Madras plague regulations in force outside the Presidency town - Volume 2
Disease focus: Plague
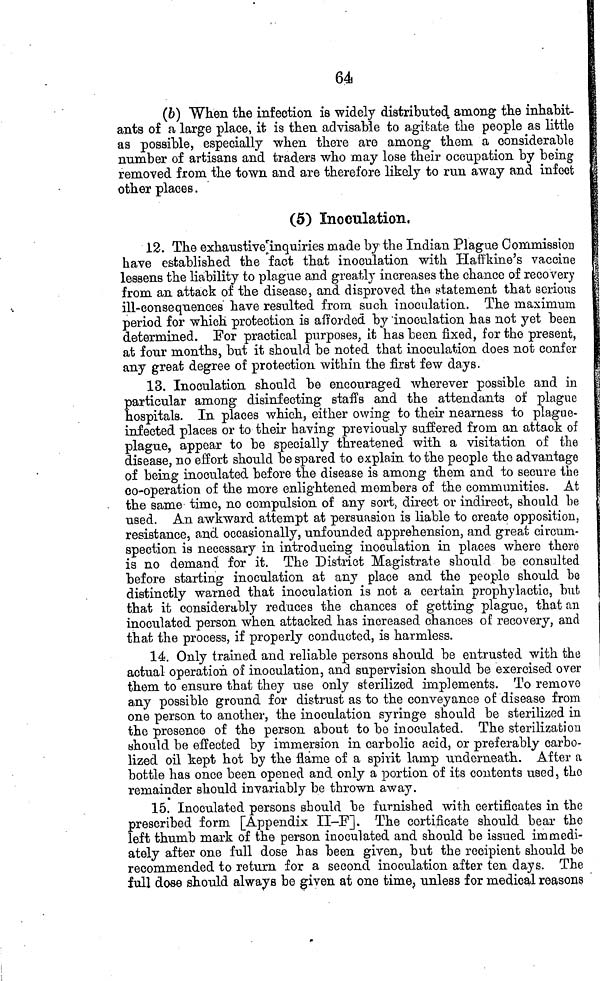
64
(6) When the infection is widely distributed among the inhabit-
ants of a large place, it is then advisable to agitate the people as little
as possible, especially when there are among them a considerable
number of artisans and traders who may lose their occupation by being
removed from the town and are therefore likely to run away and infect
other places.
(5) Inoculation.
12. The exhaustive inquiries made by the Indian Plague Commission
have established the fact that inoculation with Haffkine's vaccine
lessens the liability to plague and greatly increases the chance of recovery
from an attack of the disease, and disproved the statement that serions
ill-consequences have resulted from such inoculation. The maximum
period for which protection is afforded by inoculation has not yet been
determined. For practical purposes, it has been fixed, for the present,
at four months, but it should be noted that inoculation does not confer
any great degree of protection within the first few days.
13. Inoculation should be encouraged wherever possible and in
particular among disinfecting staffs and the attendants of plague
hospitals. In places which, either owing to their nearness to plague-
infected places or to their having previously suffered from an attack of
plague, appear to be specially threatened with a visitation of the
disease, no effort should be spared to explain to the people the advantage
of being inoculated before the disease is among them and to secure the
co-operation of the more enlightened members of the communities. At
the same time, no compulsion of any sort, direct or indirect, should be
used. An awkward attempt at persuasion is liable to create opposition,
resistance, and occasionally, unfounded apprehension, and great circum-
spection is necessary in introducing inoculation in places where there
is no demand for it. The District Magistrate should be consulted
before starting inoculation at any place and the people should be
distinctly warned that inoculation is not a certain prophylactic, but
that it considerably reduces the chances of getting plague, that an
inoculated person when attacked has increased chances of recovery, and
that the process, if properly conducted, is harmless.
14. Only trained and reliable persons should be entrusted with the
actual operation of inoculation, and supervision should be exercised over
them to ensure that they use only sterilized implements. To remove
any possible ground for distrust as to the conveyance of disease from
one person to another, the inoculation syringe should be sterilized in
the presence of the person about to be inoculated. The sterilization
should be effected by immersion in carbolic acid, or preferably carbo-
lized oil kept hot by the flame of a spirit lamp underneath. After a
bottle has once been opened and only a portion of its contents used, the
remainder should invariably be thrown away.
15. Inoculated persons should be furnished with certificates in the
prescribed form [Appendix II-F]. The certificate should bear the
left thumb mark of the person inoculated and should be issued immedi-
ately after one full dose has been given, but the recipient should be
recommended to return for a second inoculation after ten days. The
full dose should always be given at one time, unless for medical reasons